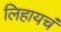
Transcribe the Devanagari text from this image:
लिहायचं